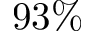
9 3 \%